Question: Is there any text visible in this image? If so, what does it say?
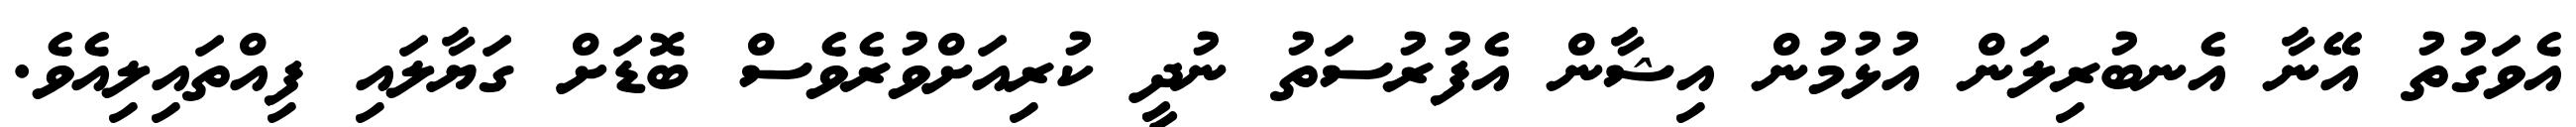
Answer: އެވަގުތު އޭނާ އެނބުރިލަން އުޅުމުން އިޝާން އެފުރުސަތު ނުދީ ކުރިއަށްވުރެވެސް ބޮޑަށް ގަޔާލައި ފިއްތައިލިއެވެ.